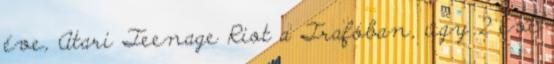
éve, Atari Teenage Riot a Trafóban, úgy 2 éve